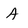
Character: A